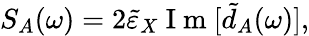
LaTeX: S_{A}(\omega)=2\tilde{\varepsilon}_{X}\mathrm{~I~m~}[\tilde{d}_{A}(\omega)],